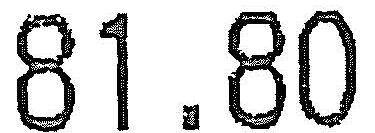
81.80